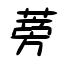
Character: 蒡